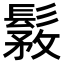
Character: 𩭾